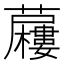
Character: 𮓍